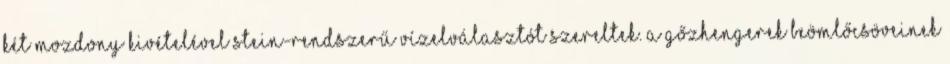
két mozdony kivételével Stein-rendszerű vízelválasztót szereltek. A gőzhengerek beömlőcsöveinek